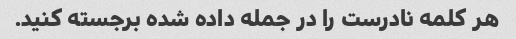
هر کلمه نادرست را در جمله داده شده برجسته کنید.